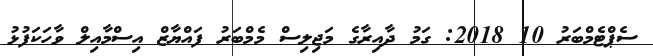
ސެޕްޓެމްބަރު 10 2018: ގަމު ދާއިރާގެ މަޖިިލިސް މެމްބަރު ފައްޔާޒް އިސްމާއިލް ވާހަކަފުޅު